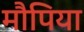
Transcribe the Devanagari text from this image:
मौपिया